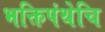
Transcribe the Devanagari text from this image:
भक्तिपंथेचि